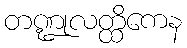
တဏ္ဍုလတ္ထိကေန